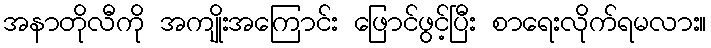
အနာတိုလီကို အကျိုးအကြောင်း ဖြောင်ဖွင့်ပြီး စာရေးလိုက်ရမလား။